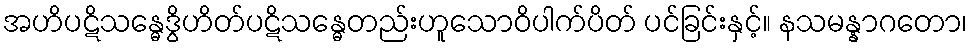
အဟိပဋိသန္ဓေဒွိဟိတ်ပဋိသန္ဓေတည်းဟူသောဝိပါက်ပိတ် ပင်ခြင်းနှင့်။ နသမန္နာဂတော၊